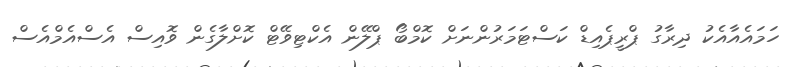
ހަމައެއާއެކު ދިރާގު ޕްރީޕެއިޑް ކަސްޓަމަރުންނަށް ކޮމްބޯ ޕްލޭން އެކްޓިވޭޓް ކޮށްލާގެން ވޮއިސް އެސްއެމްއެސް